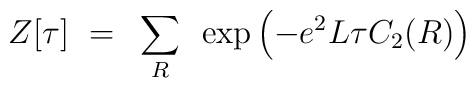
Z[\tau]~=~\sum_R ~\exp\left(-e^2L\tau C_2(R)\right)